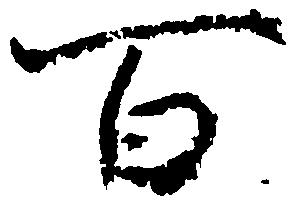
百